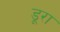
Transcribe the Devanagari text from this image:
डूरा